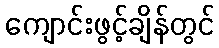
ကျောင်းဖွင့်ချိန်တွင်